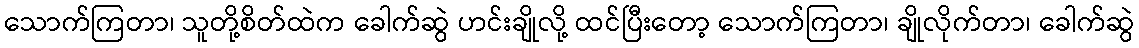
သောက်ကြတာ၊ သူတို့စိတ်ထဲက ခေါက်ဆွဲ ဟင်းချိုလို့ ထင်ပြီးတော့ သောက်ကြတာ၊ ချိုလိုက်တာ၊ ခေါက်ဆွဲ